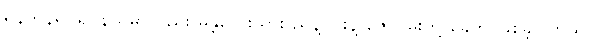
ရန်ကုန်ရုပ်ရှင်နယ်မှာလည်း မန္တလေးသား ညွန့်ဝင်းနဲ့ ဇော်ဝမ်းတို့ ခေတ် ဖြစ်ခဲ့ပါတယ်။